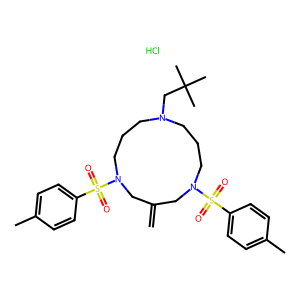
SMILES: C=C1CN(S(=O)(=O)c2ccc(C)cc2)CCCN(CC(C)(C)C)CCCN(S(=O)(=O)c2ccc(C)cc2)C1.Cl
Inhibits HIV replication: No